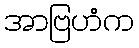
အာဗြဟံက